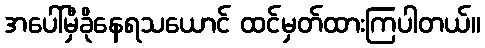
အပေါ်မှီခိုနေရသယောင် ထင်မှတ်ထားကြပါတယ်။